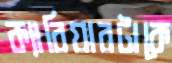
ক্যারিয়ারটাকে